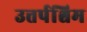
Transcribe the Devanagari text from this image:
उत्तर्पश्चिम